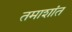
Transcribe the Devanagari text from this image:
तमाशांत